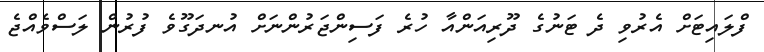
ފްލައިޓަށް އެރުވި ދެ ޓަނުގެ ދޫރިއަންއާ ހުރެ ފަސިންޖަރުންނަށް އުނދަގޫވެ ފުރުން ލަސްވެއްޖެ